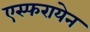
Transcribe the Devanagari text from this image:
एस्फरायेन